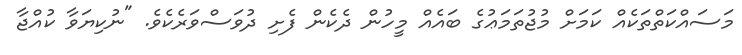
މަސައްކަތްތަކެއް ކަމަށް މުޖުތަމަޢުގެ ބައެއް މީހުން ދެކެން ފެށި ދުވަސްވަރެކެވެ. "ނުކިޔަވާ ކުއްޖާ